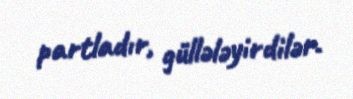
partladır, güllələyirdilər.